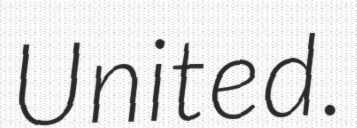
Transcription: United.